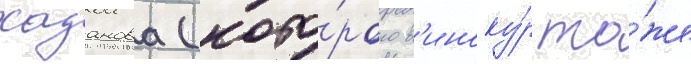
хазанова (кото́рого в'иноку́р то́же